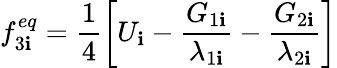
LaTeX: f_{3\mathbf{i}}^{eq}=\frac{{1}}{{4}}\left[U_{\mathbf{i}}-\frac{{G_{1\mathbf{i}}}}{{\lambda_{1\mathbf{i}}}}-\frac{{G_{2\mathbf{i}}}}{{\lambda_{2\mathbf{i}}}}\right]